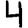
Digit: 4